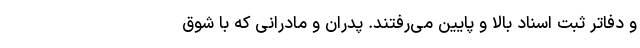
و دفاتر ثبت اسناد بالا و پایین می‌رفتند. پدران و مادرانی که با شوق